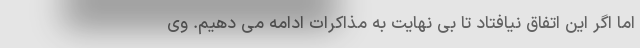
اما اگر این اتفاق نیافتاد تا بی نهایت به مذاکرات ادامه می دهیم. وی